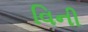
વિની